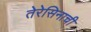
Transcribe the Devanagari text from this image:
तेरेसिनाची